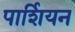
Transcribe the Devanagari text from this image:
पार्शियन